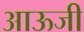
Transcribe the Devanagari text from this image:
आऊजी